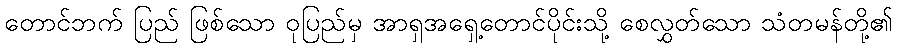
တောင်ဘက် ပြည် ဖြစ်သော ဝုပြည်မှ အာရှအရှေ့တောင်ပိုင်းသို့ စေလွှတ်သော သံတမန်တို့၏